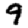
Digit: 9